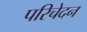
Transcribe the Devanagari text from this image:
परिचेदन